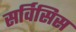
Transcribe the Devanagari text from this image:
सर्विसिस